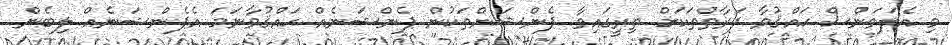
މި އެލަވަންސް ޙައްޤުވާ ފަރާތްތަކަށް ތިރީގައިވާ ޕެންޝަންތަކުން ޕެންޝަނެއް ޙައްޤުވާނަމަ އެޕެންޝަނެއް ލިބެން